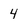
Character: 4